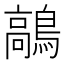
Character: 鶮